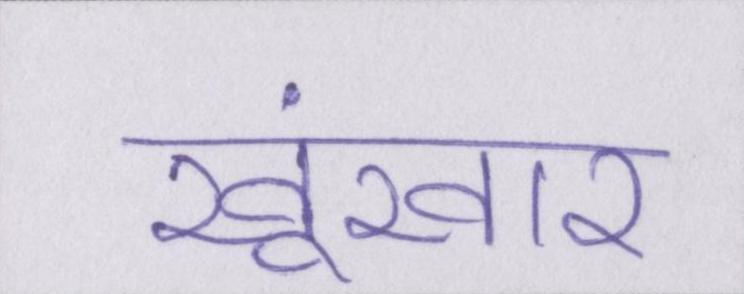
खूंखार